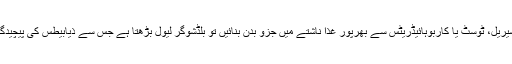
تحقیق میں بتایا گیا کہ ذیابیطس کے مریض اگر سیریل، ٹوسٹ یا کاربوہائیڈریٹس سے بھرپور غذا ناشتے میں جزو بدن بنائیں تو بلڈشوگر لیول بڑھتا ہے جس سے ذیابیطس کی پیچیدگیوں کا خطرہ بھی وقت کے ساتھ بڑھنے لگتا ہے۔